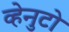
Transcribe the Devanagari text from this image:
व्हेनुटो